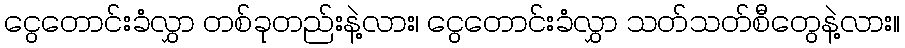
ငွေတောင်းခံလွှာ တစ်ခုတည်းနဲ့လား၊ ငွေတောင်းခံလွှာ သတ်သတ်စီတွေနဲ့လား။